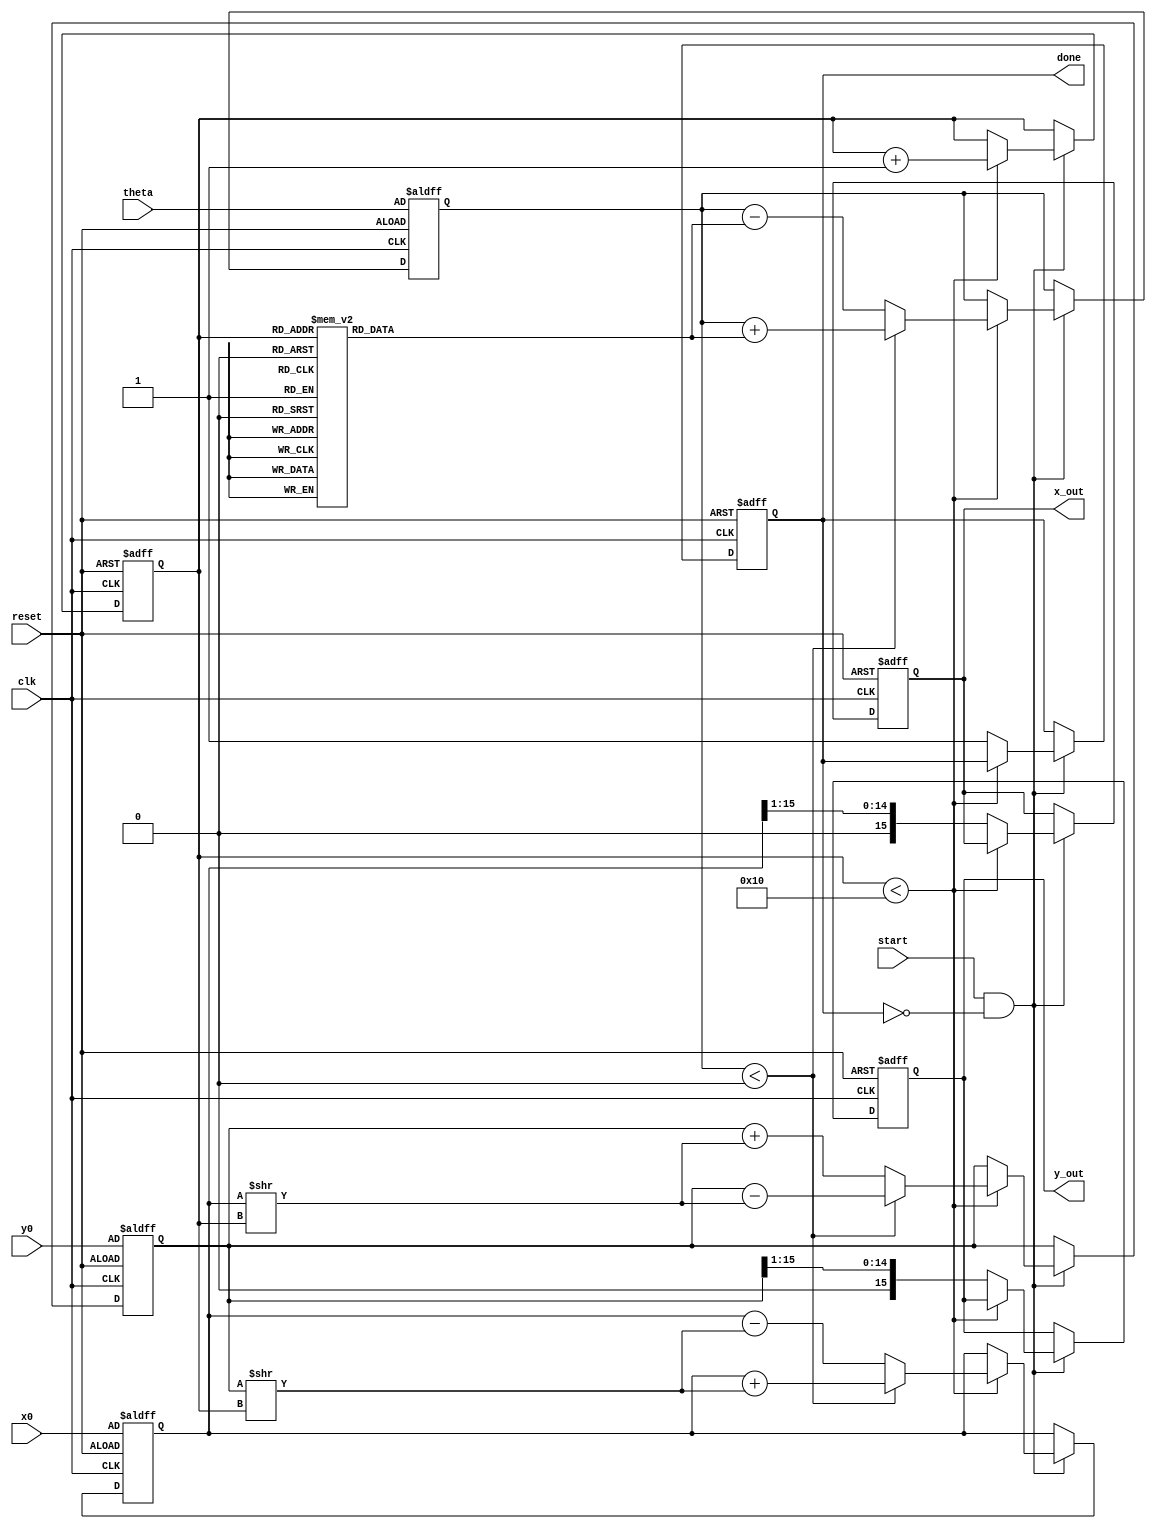
module cordic(
    input wire clk,
    input wire reset,
    input wire start,
    input wire [15:0] theta, // Input angle in radians (fixed-point)
    input wire [15:0] x0,    // Initial X coordinate
    input wire [15:0] y0,    // Initial Y coordinate
    output reg [15:0] x_out,  // Resulting X coordinate
    output reg [15:0] y_out,  // Resulting Y coordinate
    output reg done           // Signal to indicate completion
);

    // CORDIC parameters
    parameter NUM_ITERATIONS = 16;
    reg [15:0] atan_table [0:NUM_ITERATIONS-1]; // Lookup table for arctan(2^-i)
    reg [15:0] x_reg, y_reg, z_reg;              // Registers for X, Y, and Z
    reg [3:0] iteration;                         // Iteration counter
    reg direction;                               // Rotation direction

    // Initialize the arctan lookup table
    initial begin
        atan_table[0] = 16'h2000; // arctan(1) = 0.7854 in fixed-point
        atan_table[1] = 16'h1000; // arctan(0.5) = 0.4636 in fixed-point
        atan_table[2] = 16'h0800; // arctan(0.25) = 0.2449 in fixed-point
        // Fill in the rest of the arctan values...
        // atan_table[i] = arctan(2^-i) in fixed-point
    end

    // State machine for CORDIC iterations
    always @(posedge clk or posedge reset) begin
        if (reset) begin
            x_reg <= x0;
            y_reg <= y0;
            z_reg <= theta;
            iteration <= 0;
            done <= 0;
            x_out <= 0;
            y_out <= 0;
        end else if (start && !done) begin
            if (iteration < NUM_ITERATIONS) begin
                // Determine the direction of rotation
                if (z_reg < 0) begin
                    direction <= 1'b1; // Clockwise
                    z_reg <= z_reg + atan_table[iteration];
                    x_reg <= x_reg + (y_reg >> iteration);
                    y_reg <= y_reg - (x_reg >> iteration);
                end else begin
                    direction <= 1'b0; // Counterclockwise
                    z_reg <= z_reg - atan_table[iteration];
                    x_reg <= x_reg - (y_reg >> iteration);
                    y_reg <= y_reg + (x_reg >> iteration);
                end
                iteration <= iteration + 1;
            end else begin
                // Scaling factor adjustment
                x_out <= x_reg >>> 1; // Scale down by 2
                y_out <= y_reg >>> 1; // Scale down by 2
                done <= 1'b1; // Indicate completion
            end
        end
    end

endmodule